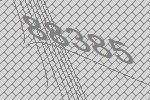
88385